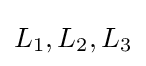
L_{1},L_{2},L_{3}